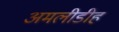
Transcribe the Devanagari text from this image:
अमलीडीह